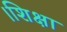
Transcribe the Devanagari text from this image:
।शिक्षा